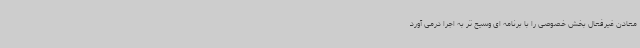
معادن غیرفعال بخش خصوصی را با برنامه ای وسیع تر به اجرا درمی آورد